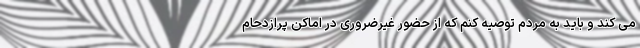
می کند و باید به مردم توصیه کنم که از حضور غیرضروری در اماکن پرازدحام‌